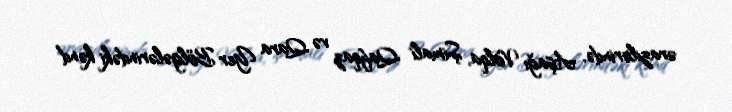
ərazilərində, Aşağı Volqa, Şimali Qafqaz və Qara Yer Bölgələrindəki kənd